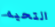
التحيه